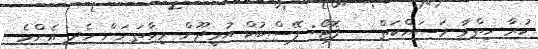
ކުރާ ހިތްވާ މަސައްކަތް -- ފޮޓޯ: ފޭސްބުކް އުރީދޫން މިހާތަނަށް ހެދި އެންމެ